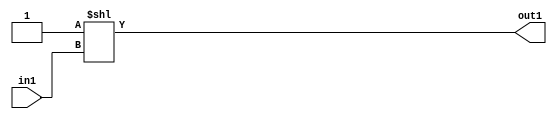
`timescale 1ps / 1ps
/*****************************************************************************
    Verilog RTL Description
    
    
    Created by: Stratus DpOpt 2019.1.01 
*******************************************************************************/

module GaussFilter_DECODE_16U_7_4 (
	in1,
	out1
	); /* architecture "behavioural" */ 
input [3:0] in1;
output [15:0] out1;
wire [15:0] asc001;

assign asc001 = 16'B0000000000000001 << in1;

assign out1 = asc001;
endmodule

/* CADENCE  ubD1Qww= : u9/ySgnWtBlWxVPRXgAZ4Og= ** DO NOT EDIT THIS LINE ******/